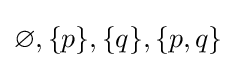
\varnothing ,\{p\},\{q\},\{p,q\}